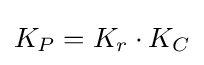
K_{P}=K_{r}\cdot K_{C}